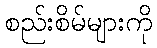
စည်းစိမ်များကို